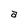
Character: a